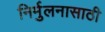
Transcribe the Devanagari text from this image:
निर्मुलनासाठी